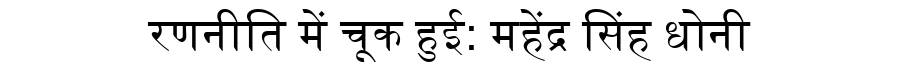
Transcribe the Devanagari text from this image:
रणनीति में चूक हुई: महेंद्र सिंह धोनी